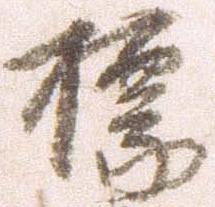
標